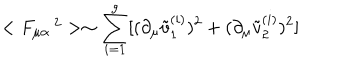
< F _ { \mu \alpha } ^ { \quad 2 } > \sim \sum _ { i = 1 } ^ { g } [ ( \partial _ { \mu } \tilde { v } _ { 1 } ^ { ( i ) } ) ^ { 2 } + ( \partial _ { \mu } \tilde { v } _ { 2 } ^ { ( i ) } ) ^ { 2 } ]